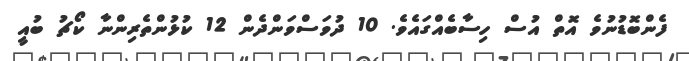
ފެންބޮޑުނުވެ އޮތް އުސް ހިސާބެއްގައެވެ. 10 ދުވަސްވަންދެން 12 ކުޅުންތެރިންނާ ކޯޗު ބުއީ